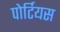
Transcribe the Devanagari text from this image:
पोर्टियस